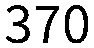
370